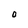
Character: O